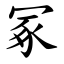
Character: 冢